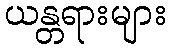
ယန္တရားများ